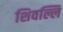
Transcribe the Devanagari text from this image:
शिवल्लि